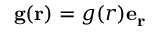
\mathbf { g } ( \mathbf { r } ) = g ( r ) \mathbf { e _ { r } }